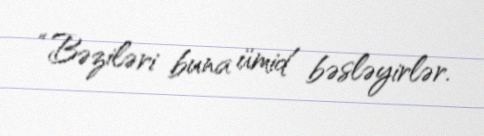
“Bəziləri buna ümid bəsləyirlər.